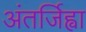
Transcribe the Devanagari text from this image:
अंतर्जिह्वा